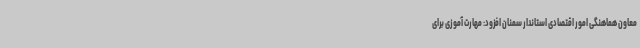
معاون هماهنگی امور اقتصادی استاندار سمنان افزود: مهارت آموزی برای